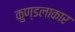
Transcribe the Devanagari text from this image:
कुण्डलाकार